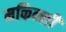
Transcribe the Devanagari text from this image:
मकिन्ली